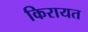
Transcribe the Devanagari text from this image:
किरायत